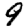
Digit: 9